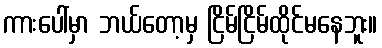
ကားပေါ်မှာ ဘယ်တော့မှ ငြိမ်ငြိမ်ထိုင်မနေဘူး။